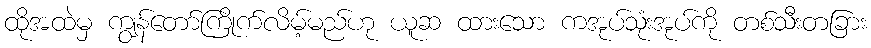
ထိုအထဲမှ ကျွန်တော်ကြိုက်လိမ့်မည်ဟု ယူဆ ထားသော ကအုပ်သုံးအုပ်ကို တစ်သီးတခြား